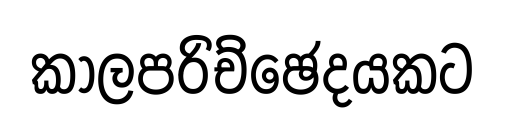
කාලපරිච්ඡෙදයකට